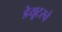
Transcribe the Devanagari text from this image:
डेयूटस्चे